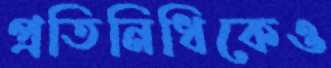
প্রতিনিধিকেও